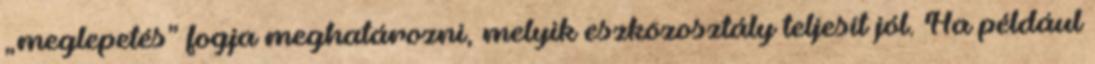
„meglepetés” fogja meghatározni, melyik eszközosztály teljesít jól. Ha például